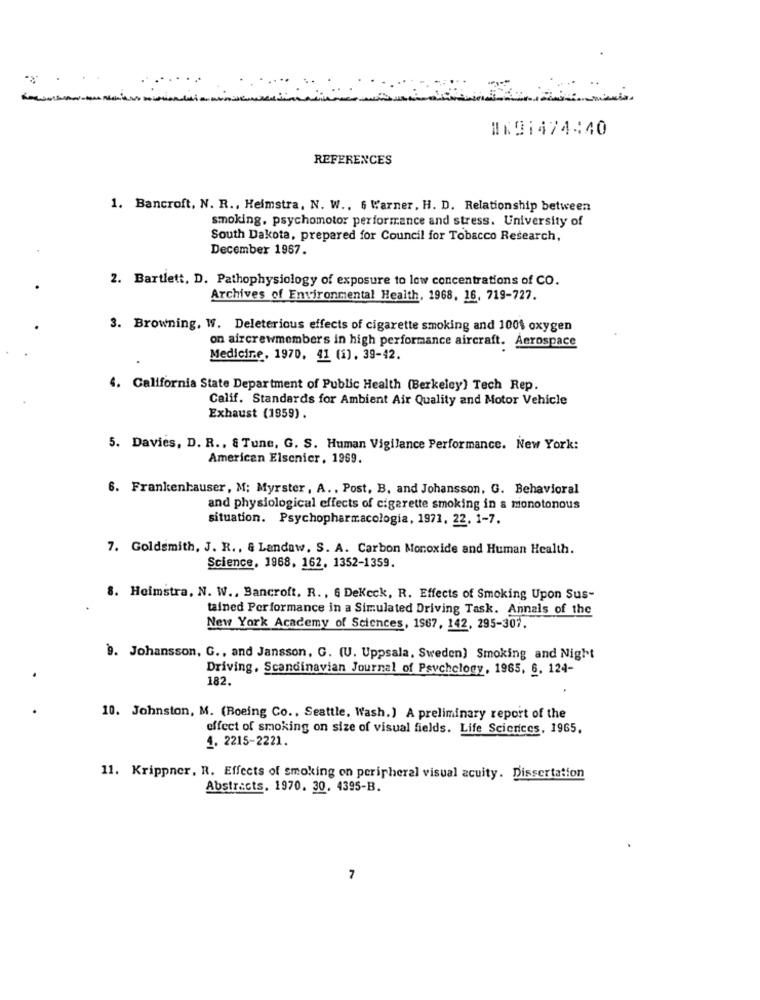
#K91474:40
REFERENCES
1. Bancroft, N. R ., Heimstra, N. W .. 6 Warner, H. D. Relationship between
smoking, psychomotor performance and stress. University of
South Dakota, prepared for Council for Tobacco Research,
December 1967.
2. Bartlett. D. Pathophysiology of exposure to low concentrations of CO.
Archives of Environmental Health, 1968, 16, 719-727.
3. Browning, W. Deleterious effects of cigarette smoking and 100$ oxygen
on aircrewmembers in high performance aircraft. Aerospace
Medicine, 1970. 41 (1). 39-42.
4. California State Department of Public Health (Berkeley) Tech Rep.
Calif. Standards for Ambient Air Quality and Motor Vehicle
Exhaust (1959).
5. Davies, D. R ., & Tune, G. S. Human Vigilance Performance. New York:
American Elsenier, 1969.
6. Frankenhauser, M; Myrster, A. , Post, B, and Johansson, G. Behavioral
and physiological effects of cigarette smoking in a monotonous
situation. Psychopharmacologia, 1971, 22. 1-7.
7. Goldsmith, J. R ., & Landaw. S. A. Carbon Monoxide and Human Health.
Science, 1968. 162, 1352-1359.
8. Heimstra, N. W ., Bancroft. R ., 6 Dekeck, R. Effects of Smoking Upon Sus-
tained Performance in a Simulated Driving Task. Annals of the
New York Academy of Sciences, 1967, 142, 295-307.
9. Johansson, G ., and Jansson, G. (U. Uppsala, Sweden) Smoking and Night
Driving, Scandinavian Journal of Psychology, 1965, 6, 124-
182.
10. Johnston, M. (Boeing Co ., Seattle, Wash.) A preliminary report of the
effect of smoking on size of visual fields. Life Sciences, 1965.
4. 2215-2221.
11. Krippner, R. Effects of smoking on peripheral visual acuity. Dissertation
Abstracts. 1970. 30. 4395-B.
7